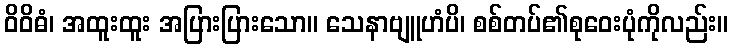
ဝိဝိဓံ၊ အထူးထူး အပြားပြားသော။ သေနာဗျူဟံပိ၊ စစ်တပ်၏စုဝေးပုံကိုလည်း။